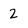
Character: 2